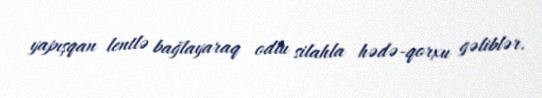
yapışqan lentlə bağlayaraq odlu silahla hədə-qorxu gəliblər.